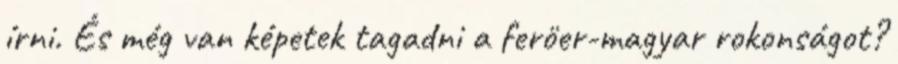
írni. És még van képetek tagadni a feröer-magyar rokonságot?